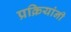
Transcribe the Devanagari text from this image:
प्रक्रियांनी